Report on vaccination in Madras 1877-1894 - 1877-1894
Year: 1877
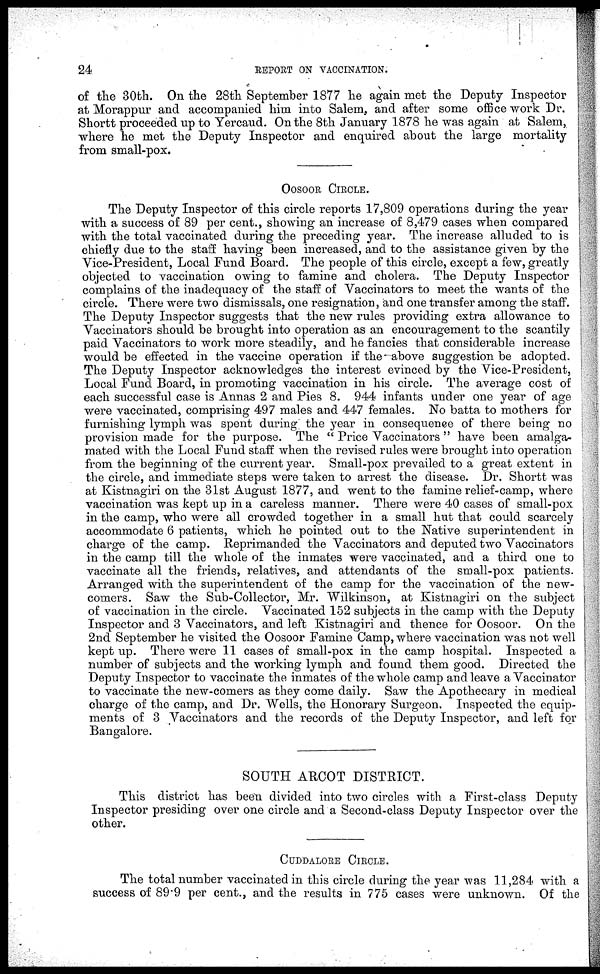
24
REPORT ON VACCINATION.
of the 30th. On the 28th September 1877 he again met the Deputy Inspector
at Morappur and accompanied him into Salem, and after some office work Dr.
Shortt proceeded up to Yercaud. On the 8th January 1878 he was again at Salem,
where he met the Deputy Inspector and enquired about the large mortality
from small-pox.
OOSOOR CIRCLE.
The Deputy Inspector of this circle reports 17,809 operations during the year
with a success of 89 per cent., showing an increase of 8,479 cases when compared
with the total vaccinated during the preceding year. The increase alluded to is
chiefly due to the staff having been increased, and to the assistance given by the
Vice-President, Local Fund Board. The people of this circle, except a few, greatly
objected to vaccination owing to famine and cholera. The Deputy Inspector
complains of the inadequacy of the staff of Vaccinators to meet the wants of the
circle. There were two dismissals, one resignation, and one transfer among the staff.
The Deputy Inspector suggests that the new rules providing extra allowance to
Vaccinators should be brought into operation as an encouragement to the scantily
paid Vaccinators to work more steadily, and he fancies that considerable increase
would be effected in the vaccine operation if the-above suggestion be adopted.
The Deputy Inspector acknowledges the interest evinced by the Vice-President,
Local Fund Board, in promoting vaccination in his circle. The average cost of
each successful case is Annas 2 and Pies 8. 944 infants under one year of age
were vaccinated, comprising 497 males and 447 females. No batta to mothers for
furnishing lymph was spent during the year in consequence of there being no
provision made for the purpose. The " Price Vaccinators " have been amalga-
mated with the Local Fund staff when the revised rules were brought into operation
from the beginning of the current year. Small-pox prevailed to a great extent in
the circle, and immediate steps were taken to arrest the disease. Dr. Shortt was
at Kistnagiri on the 31st August 1877, and went to the famine relief-camp, where
vaccination was kept up in a careless manner. There were 40 cases of small-pox
in the camp, who were all crowded together in a small hut that could scarcely
accommodate 6 patients, which he pointed out to the Native superintendent in
charge of the camp. Reprimanded the Vaccinators and deputed two Vaccinators
in the camp till the whole of the inmates were vaccinated, and a third one to
vaccinate all the friends, relatives, and attendants of the small-pox patients.
Arranged with the superintendent of the camp for the vaccination of the new-
comers. Saw the Sub-Collector, Mr. Wilkinson, at Kistnagiri on the subject
of vaccination in the circle. Vaccinated 152 subjects in the camp with the Deputy
Inspector and 3 Vaccinators, and left Kistnagiri and thence for Oosoor. On the
2nd September he visited the Oosoor Famine Camp, where vaccination was not well
kept up. There were 11 cases of small-pox in the camp hospital. Inspected a
number of subjects and the working lymph and found them good. Directed the
Deputy Inspector to vaccinate the inmates of the whole camp and leave a Vaccinator
to vaccinate the new-comers as they come daily. Saw the Apothecary in medical
charge of the camp, and Dr. Wells, the Honorary Surgeon. Inspected the equip-
ments of 3 Vaccinators and the records of the Deputy Inspector, and left for
Bangalore.
SOUTH ARCOT DISTRICT.
This district has been divided into two circles with a First-class Deputy
Inspector presiding over one circle and a Second-class Deputy Inspector over the
other.
CUDDALORE CIRCLE.
The total number vaccinated in this circle during the year was 11,284 with a
success of 89.9 per cent., and the results in 775 cases were unknown. Of the